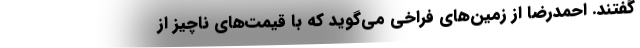
گفتند. احمدرضا از زمين‌هاي فراخي مي‌گويد كه با قيمت‌هاي ناچيز از